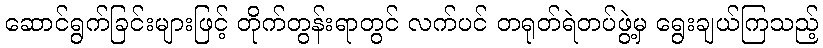
ဆောင်ရွက်ခြင်းများဖြင့် တိုက်တွန်းရာတွင် လက်ပင် တရုတ်ရဲတပ်ဖွဲ့မှ ရွေးချယ်ကြသည့်